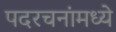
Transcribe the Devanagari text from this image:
पदरचनांमध्ये